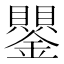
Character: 鑍